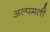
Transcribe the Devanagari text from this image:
अल्पमती